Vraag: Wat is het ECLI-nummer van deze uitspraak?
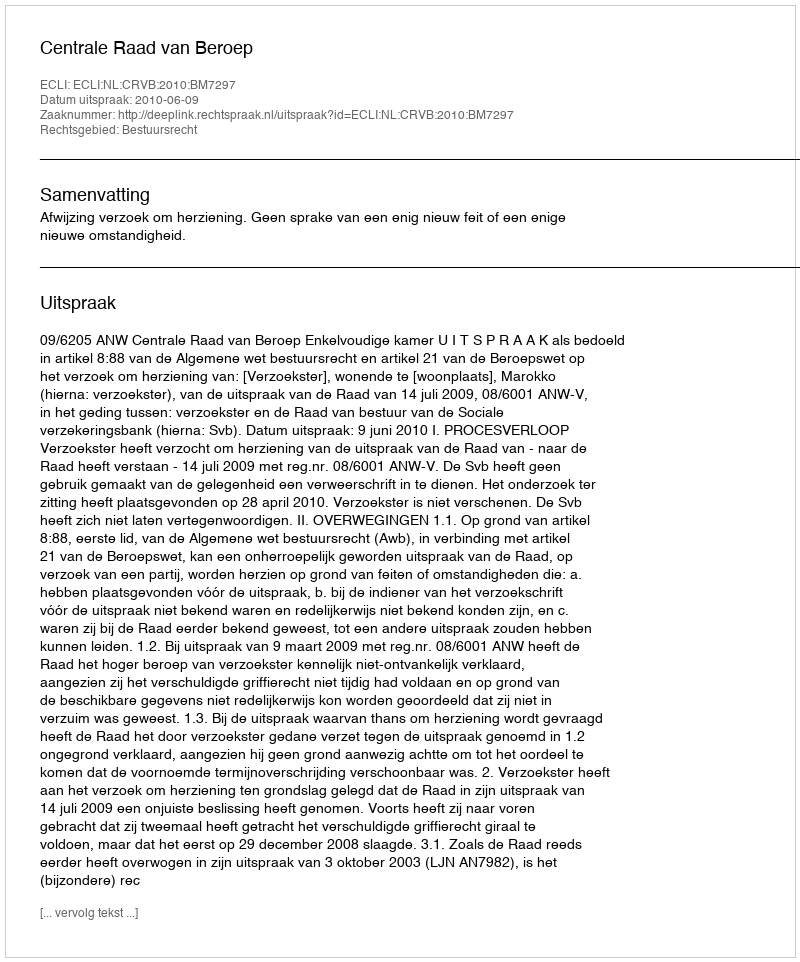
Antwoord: ECLI:NL:CRVB:2010:BM7297